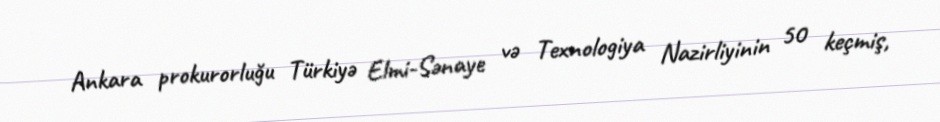
Ankara prokurorluğu Türkiyə Elmi-Sənaye və Texnologiya Nazirliyinin 50 keçmiş,